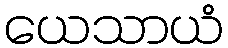
ယေသာယံ